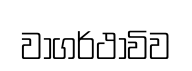
වාගර්ථාවිව